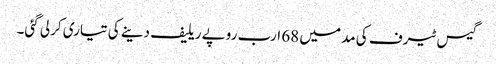
گیس ٹیرف کی مد میں 68 ارب روپے ریلیف دینے کی تیاری کرلی گئی۔